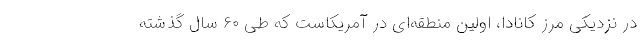
در نزدیکی مرز کانادا، اولین منطقه‌ای در آمریکاست که طی ۶۰ سال گذشته